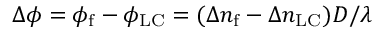
\Delta \phi = \phi _ { \mathrm { f } } - \phi _ { \mathrm { L C } } = ( \Delta n _ { \mathrm { f } } - \Delta n _ { \mathrm { L C } } ) D / \lambda